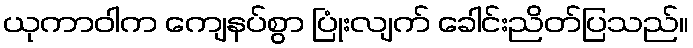
ယုကာဝါက ကျေနပ်စွာ ပြုံးလျက် ခေါင်းညိတ်ပြသည်။